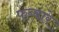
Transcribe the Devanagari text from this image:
फब्बारे